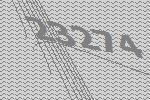
23274